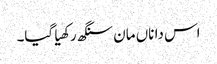
اس دا ناں مان سنگھ رکھیا گیا۔